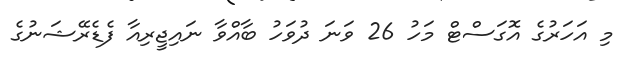
މި އަހަރުގެ އޮގަސްޓް މަހު 26 ވަނަ ދުވަހު ބާއްވާ ނައިޖީރިއާ ފެޑެރޭޝަނުގެ